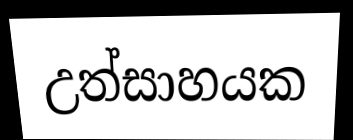
උත්සාහයක